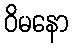
ဝိမနော